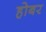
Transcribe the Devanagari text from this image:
होबर